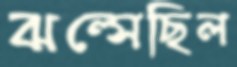
ঝল্‌সেছিল